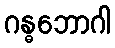
ဂန္ဓဘောဂါ